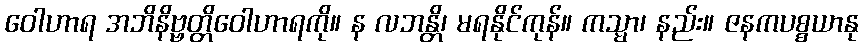
ဝေါဟာရ အဘိနိဗ္ဗတ္တိဝေါဟာရကို။ န လဘန္တိ၊ မရနိုင်ကုန်။ ကသ္မာ၊ နည်း။ ဇနကပစ္စယာနု